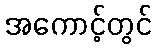
အကောင့်တွင်